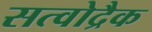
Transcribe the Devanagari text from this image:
सत्वोद्रैक